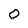
Character: 0